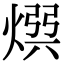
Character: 𭵡